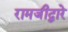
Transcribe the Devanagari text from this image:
रामजीद्वारे